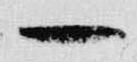
一